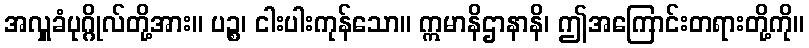
အလှူခံပုဂ္ဂိုလ်တို့အား။ ပဉ္စ၊ ငါးပါးကုန်သော။ ဣမာနိဌာနာနိ၊ ဤအကြောင်းတရားတို့ကို။